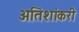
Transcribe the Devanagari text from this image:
अतिशांकरी